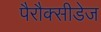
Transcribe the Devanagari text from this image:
पैरौक्सीडेज